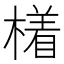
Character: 𣚰